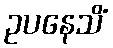
ဥပနေသိံ